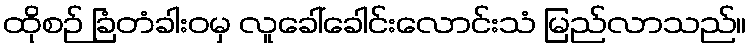
ထိုစဉ် ခြံတံခါးဝမှ လူခေါ်ခေါင်းလောင်းသံ မြည်လာသည်။